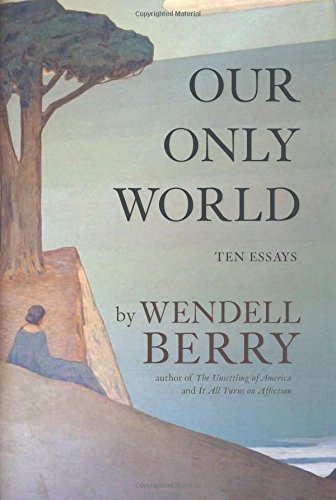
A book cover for Our Only World: Ten Essays; Wendell Berry; Literature & Fiction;